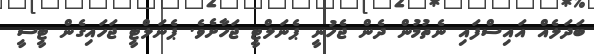
ބަދަލެއް އައިސްފައި ނެތުމުން ދެން ޖެހުނީ ޕެނަލްޓީ ޖަހާށެވެ. ޕެނަލްޓީ ޖަހައިގެން ޓީސީ